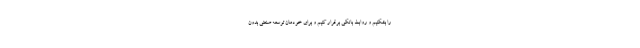
را بشکنیم و روابط بانکی برقرار کنیم و برای خودمان توسعه صنعتی بدون